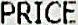
PRICE